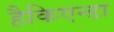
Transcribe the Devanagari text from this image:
हैकिएन्डा